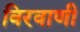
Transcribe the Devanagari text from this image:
विरवाणी